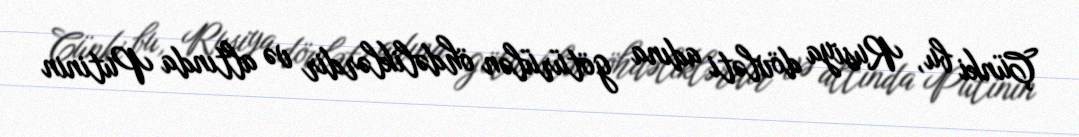
Çünki bu, Rusiya dövləti adına götürülən öhdəliklərdir və altında Putinin